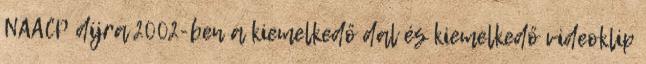
NAACP díjra 2002-ben a kiemelkedő dal és kiemelkedő videoklip